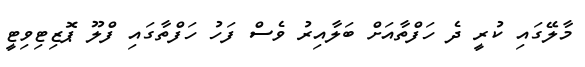
މާލޭގައި ކުރީ ދެ ހަފްތާއަށް ބަލާއިރު ވެސް ފަހު ހަފްތާގައި ފްލޫ ޕޮޒިޓިވިޓީ